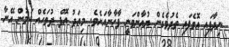
ނިދާފައި އޮވެފައި ތެދުވެގެން ޔުއާންވަނީ ފާހާނާއަށެވެ. މިއަދު އޮފް ދުވަހެއް ކަމުން އޭނާ